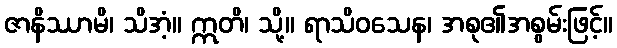
ဇာနိဿာမိ၊ သိအံ့။ ဣတိ၊ သို့။ ရာသိဝသေန၊ အစု၏အစွမ်းဖြင့်။